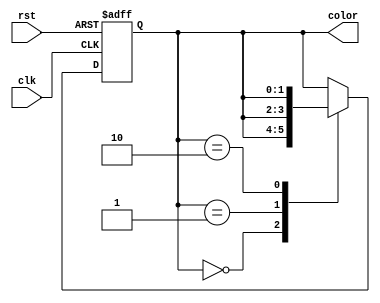
`timescale 1ns / 1ps

module CyclicColor(
        input clk,
        input rst,
        output reg [1:0] color //00(red), 01(green), 10(yellow)
    );

    // Cyclic color light controller
    // red(2s) -> green(3s) -> yellow(1s) -> red(2s) -> ...
    // system clock is 10MHz
    // 1s = 10,000,000 cycles
    // too slow to simulate, so we use 1ns/1ps timescale
    localparam RED = 2'b00;
    localparam GREEN = 2'b01;
    localparam YELLOW = 2'b10;

    reg [1:0] state, next_state;
    reg [2:0] counter;

    initial begin
        state = RED;
        counter = 0;
    end

    // State register block
    always @(posedge clk, posedge rst) begin
        if (rst) begin
            state <= RED;
            counter <= 0;
        end else begin
            state <= next_state;
            counter <= counter + 1;
        end
    end

    // Next state logic
    always @(*) begin
        $display("counter = %d, state = %d", counter, state);
        next_state = state;
        case (state)
            RED: begin
                if (counter == 2) begin
                    next_state = GREEN;
                end
            end
            GREEN: begin
                if (counter == 5) begin
                    next_state = YELLOW;
                end
            end
            YELLOW: begin
                if (counter == 6) begin
                    next_state = RED;
                    counter = 0;
                end
            end
        endcase
    end

    // Output logic
    always @(*) begin
        color = state;
    end

endmodule